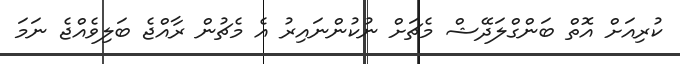
ކުރިއަށް އޮތް ބަންގްލަދޭޝް މެޗަށް ނުކުންނައިރު އެ މެޗުން ރާއްޖެ ބަލިވެއްޖެ ނަމަ